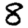
Digit: 8